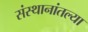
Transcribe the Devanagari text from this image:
संस्थानांतल्या